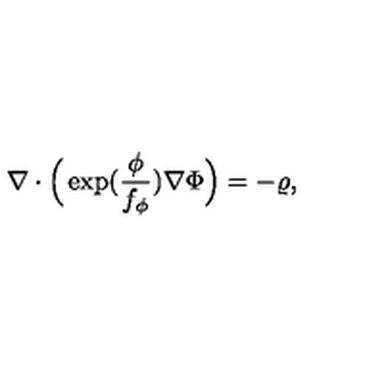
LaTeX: \nabla \cdot \Big ( \exp ( \frac { \phi } { f _ { \phi } } ) \nabla \Phi \Big ) = - \varrho ,